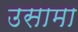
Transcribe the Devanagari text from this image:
उसामा